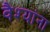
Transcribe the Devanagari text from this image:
वैश्यांना